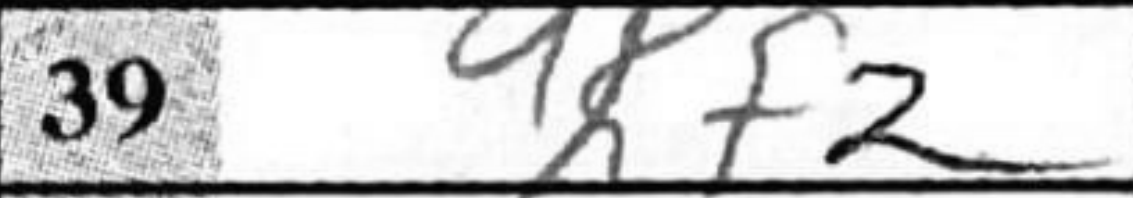
Transcription: Kf2